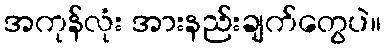
အကုန်လုံး အားနည်းချက်တွေပဲ။